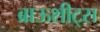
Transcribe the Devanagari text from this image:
ब्राऊशीट्स